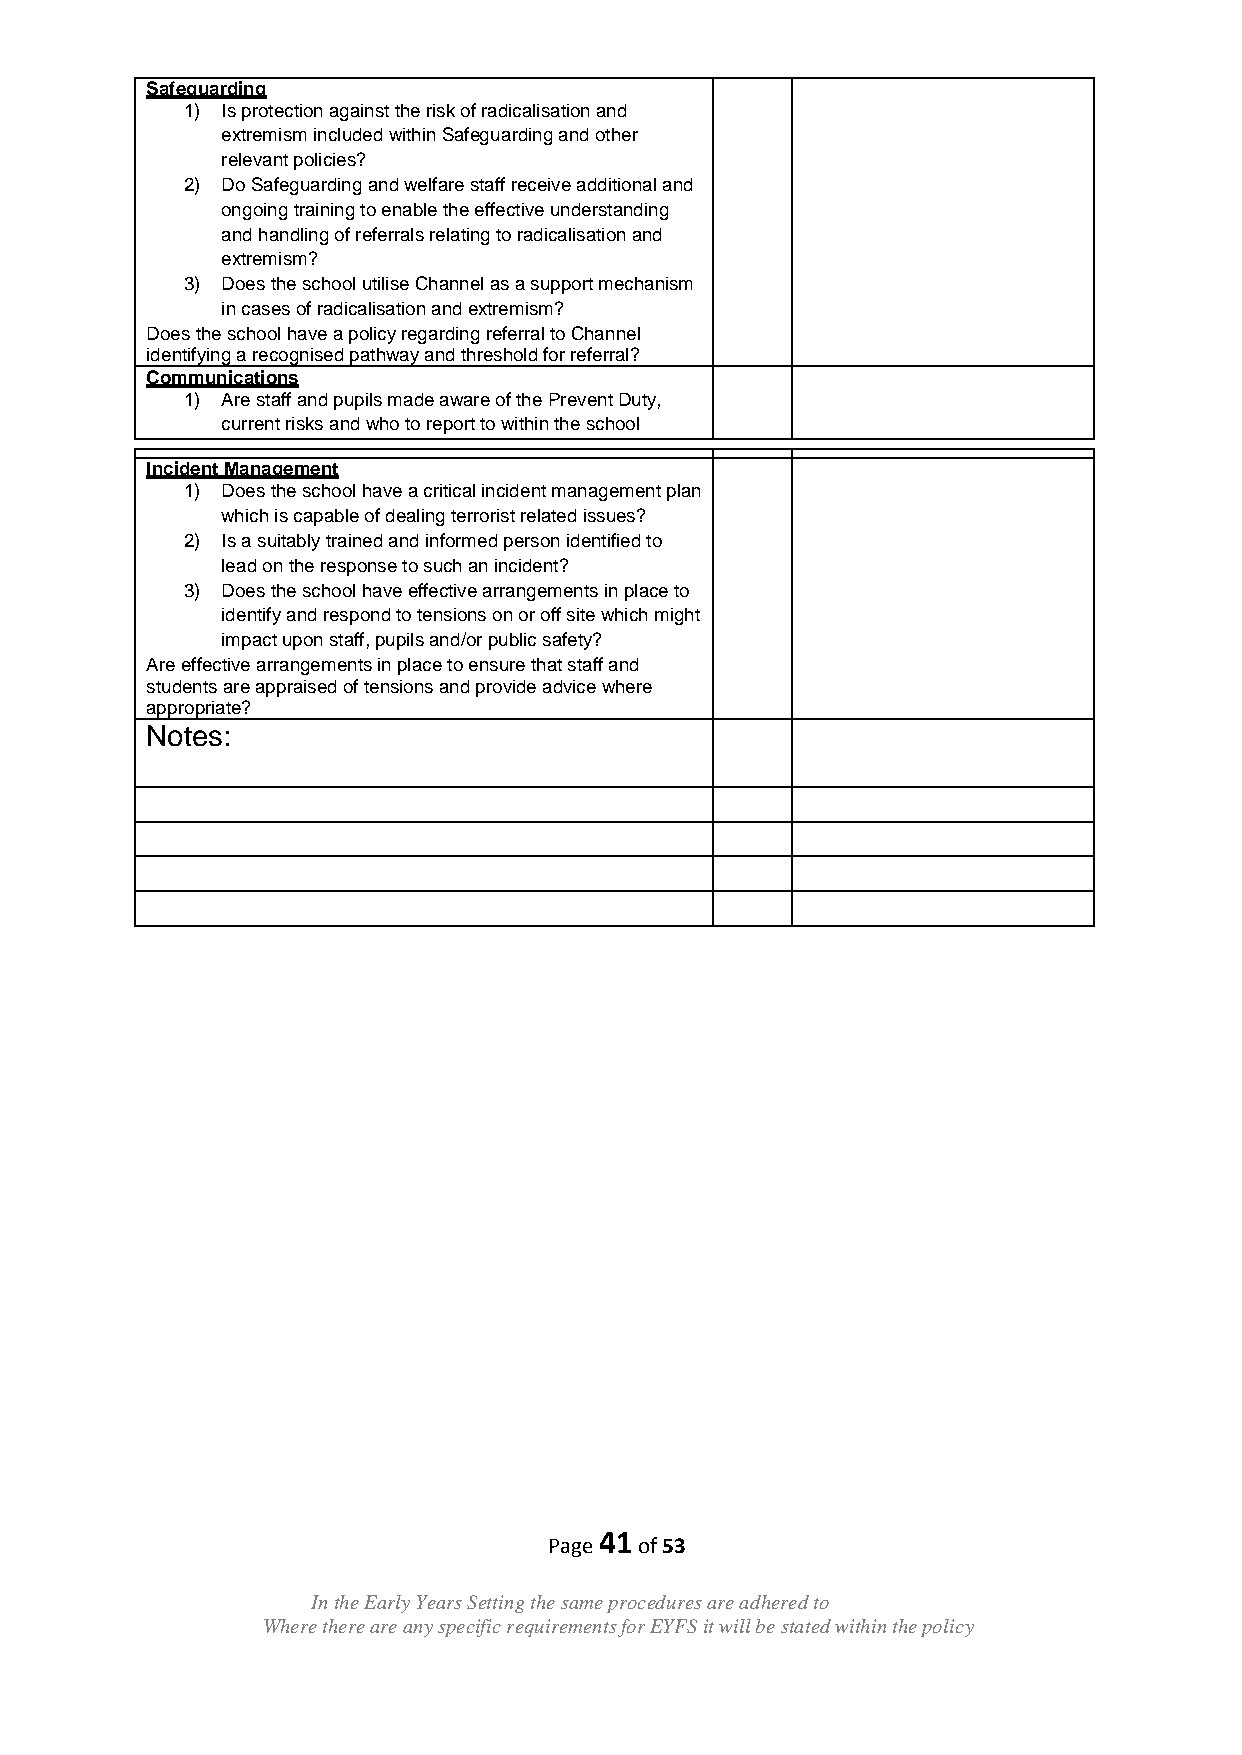
Safeguarding
 1) Is protection against the risk of radicalisation and
 extremism included within Safeguarding and other
 relevant policies?
 2) Do Safeguarding and welfare staff receive additional and
 ongoing training to enable the effective understanding
 and handling of referrals relating to radicalisation and
 extremism?
 3) Does the school utilise Channel as a support mechanism
 in cases of radicalisation and extremism?
 Does the school have a policy regarding referral to Channel
 identifying a recognised pathway and threshold for referral?
 Communications
 1) Are staff and pupils made aware of the Prevent Duty,
 current risks and who to report to within the school
 Incident Management
 1) Does the school have a critical incident management plan
 which is capable of dealing terrorist related issues?
 2) Is a suitably trained and informed person identified to
 lead on the response to such an incident?
 3) Does the school have effective arrangements in place to
 identify and respond to tensions on or off site which might
 impact upon staff, pupils and/or public safety?
 Are effective arrangements in place to ensure that staff and
 students are appraised of tensions and provide advice where
 appropriate?
 Notes:
 41
 Page  of 53
 In the Early Years Setting the same procedures are adhered to
 Where there are any specific requirements for EYFS it will be stated within the policy